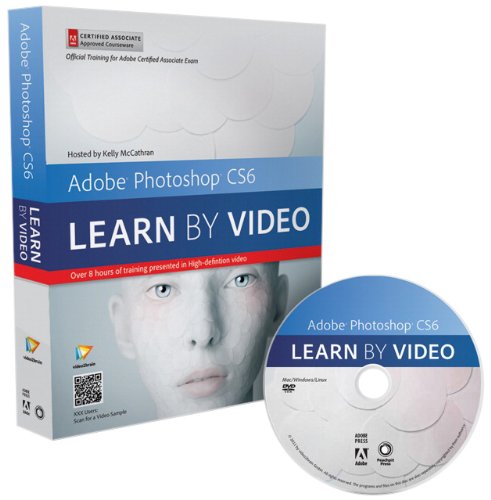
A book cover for Adobe Photoshop CS6: Learn by Video: Core Training in Visual Communication; Kelly McCathran; Computers & Technology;